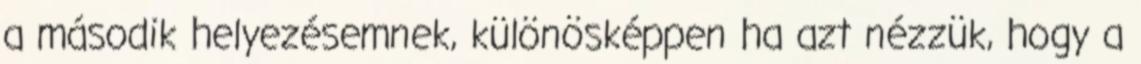
a második helyezésemnek, különösképpen ha azt nézzük, hogy a